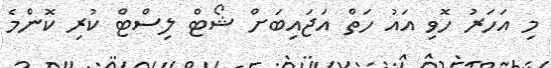
މި އަހަރު ހޮވި އައު ހަތް އަޖައިބަށް ޝޯޓް ލިސްޓް ކުރި ކޮންމެ